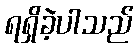
ရရှိခဲ့ပါသည်